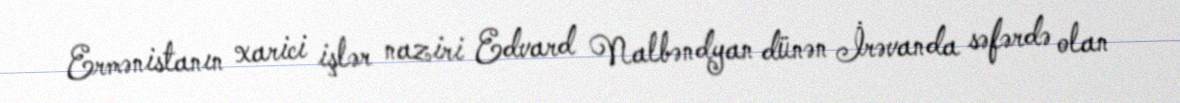
Ermənistanın xarici işlər naziri Edvard Nalbəndyan dünən İrəvanda səfərdə olan